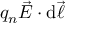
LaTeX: q _ { n } { \vec { E } } \cdot \mathrm { d } { \vec { \ell } }